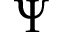
\Psi